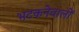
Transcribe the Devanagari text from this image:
भटकनेवालों